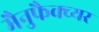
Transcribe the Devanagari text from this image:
मैनुफैक्च्यर